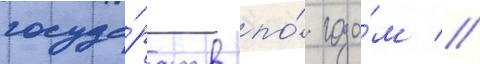
госуда́рств по́ года́м //